Civil Veterinary Department Bengal reports 1923-33 - 1923-1933
Year: 1923
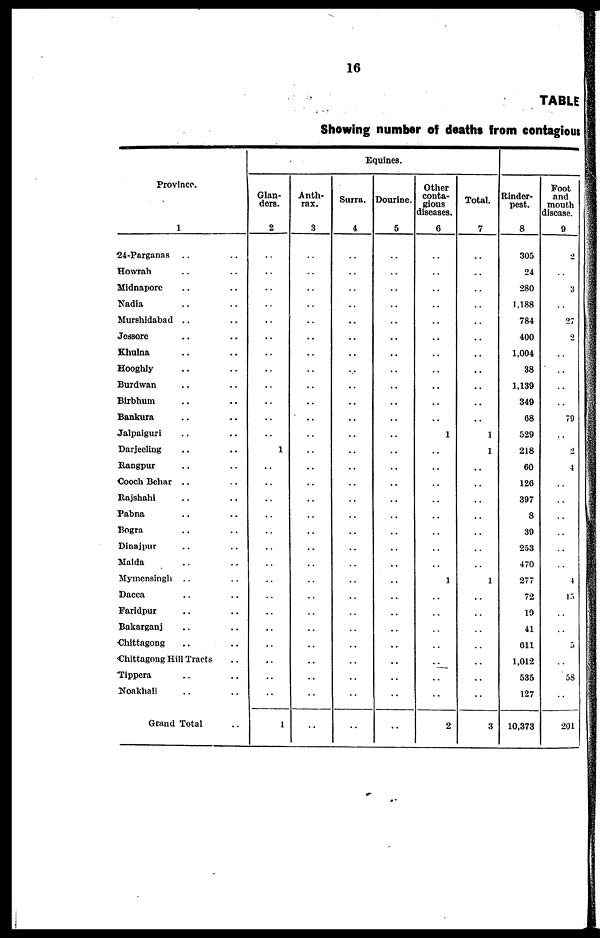
16
TABLE
Showing number of deaths from contagious
Province.
1
24-Parganas .. ..
Howrah .. ..
Midnapore .. ..
Nadia .. ..
Murshidabad .. ..
Jessore .. ..
Khulna .. ..
Hooghly .. ..
Burdwan .. ..
Birbhum .. ..
Bankura .. ..
Jalpaiguri .. ..
Darjeeling .. ..
Rangpur .. ..
Cooch Behar .. ..
Rajshahi .. ..
Pabna .. ..
Bogra .. ..
Dinajpur .. ..
Malda .. ..
Mymensingh .. ..
Dacca .. ..
Faridpur .. ..
Bakarganj .. ..
Chittagong .. ..
Chittagong Hill Tracts ..
Tippera .. ..
Noakhali .. ..
Grand Total ..
Eq
uines.
Glan-
ders.
2
..
..
..
..
..
..
..
..
..
..
..
..
1
..
..
..
..
..
..
..
..
..
..
..
..
..
..
..
1
Anth-
rax.
3
..
..
..
..
..
..
..
..
..
..
..
..
..
..
..
..
..
..
..
..
..
..
..
..
..
..
..
..
..
Surra.
4
..
..
..
..
..
..
..
..
..
..
..
..
..
..
..
..
..
..
..
..
..
..
..
..
..
..
..
..
..
Dourine.
5
..
..
..
..
..
..
..
..
..
..
..
..
..
..
..
..
..
..
..
..
..
..
..
..
..
..
..
..
..
Other
conta-
gious
diseases.
6
..
..
..
..
..
..
..
..
..
..
..
1
..
..
..
..
..
..
..
..
1
..
..
..
..
..
..
..
2
Total.
7
..
..
..
..
..
..
..
..
..
..
..
1
1
..
..
..
..
..
..
..
1
..
..
..
..
..
..
..
3
Rinder-
pest.
8
305
24
260
1,188
784
400
1,004
38
1,139
349
68
529
218
60
126
397
8
39
253
470
277
72
19
41
611
1,012
535
127
10,373
Foot
and
mouth
disease.
9
2
..
3
..
27
2
..
..
..
..
79
..
2
4
..
..
..
..
..
..
4
13
..
..
3
..
58
..
201